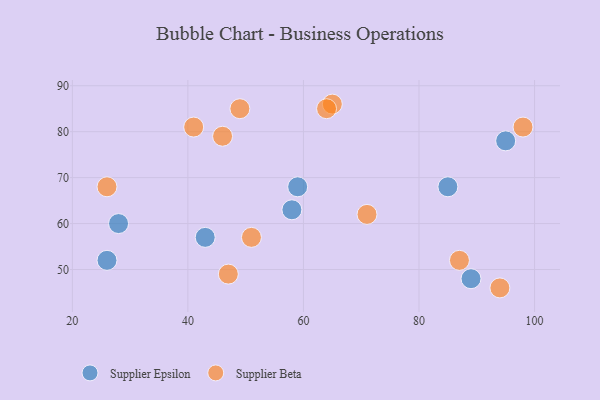
{"axis": {"x": "GDP", "y": "Life Expectancy"}, "legend": ["Supplier Beta", "Supplier Epsilon"], "data": [{"x": "59", "y": 68, "type": "Supplier Epsilon"}, {"x": "43", "y": 57, "type": "Supplier Epsilon"}, {"x": "58", "y": 63, "type": "Supplier Epsilon"}, {"x": "28", "y": 60, "type": "Supplier Epsilon"}, {"x": "89", "y": 48, "type": "Supplier Epsilon"}, {"x": "26", "y": 52, "type": "Supplier Epsilon"}, {"x": "95", "y": 78, "type": "Supplier Epsilon"}, {"x": "85", "y": 68, "type": "Supplier Epsilon"}, {"x": "41", "y": 81, "type": "Supplier Beta"}, {"x": "94", "y": 46, "type": "Supplier Beta"}, {"x": "87", "y": 52, "type": "Supplier Beta"}, {"x": "47", "y": 49, "type": "Supplier Beta"}, {"x": "65", "y": 86, "type": "Supplier Beta"}, {"x": "26", "y": 68, "type": "Supplier Beta"}, {"x": "98", "y": 81, "type": "Supplier Beta"}, {"x": "64", "y": 85, "type": "Supplier Beta"}, {"x": "51", "y": 57, "type": "Supplier Beta"}, {"x": "49", "y": 85, "type": "Supplier Beta"}, {"x": "46", "y": 79, "type": "Supplier Beta"}, {"x": "71", "y": 62, "type": "Supplier Beta"}]}